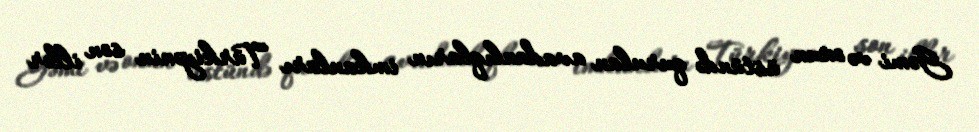
Gəmi və onun üstündə qurulan avadanlıqların imkanları Türkiyənin son illər